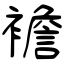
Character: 襜